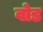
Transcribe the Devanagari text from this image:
वोड